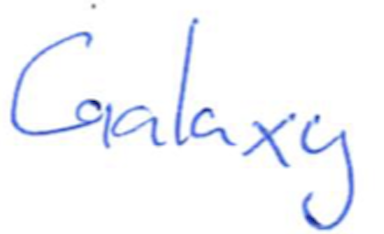
Text: Galaxy
Cross-out: clean
Writing tool: ballpoint